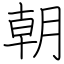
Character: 朝